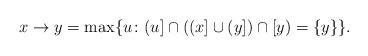
LaTeX: \begin{align*} x \to y = \max\{u\colon (u] \cap ((x] \cup (y]) \cap [y) = \{y\}\} .\end{align*}